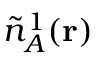
\tilde { n } _ { A } ^ { 1 } ( \mathbf { r } )